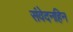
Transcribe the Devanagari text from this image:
संवेदनहिन